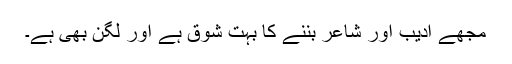
مجھے ادیب اور شاعر بننے کا بہت شوق ہے اور لگن بھی ہے۔